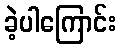
ခဲ့ပါကြောင်း